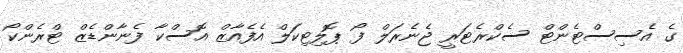
ގެ އެސިސްޓެންޓް ސެކްރެޓަރީ ޖެނެރަލް ފޯ ޕޮލިޓިކަލް އެފެއާޒް އޮސްކާ ފެނާންޑެޒް ޓްރެންކޯ